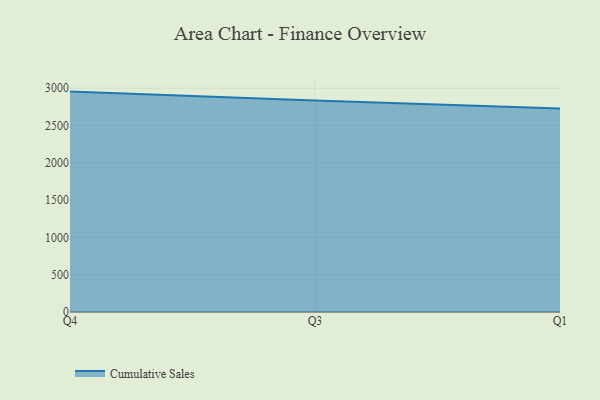
{"axis": {"x": "Quarter", "y": "Backlog"}, "legend": ["Cumulative Sales"], "data": [{"x": "Q4", "y": 2954.6, "type": "Cumulative Sales"}, {"x": "Q3", "y": 2834.1, "type": "Cumulative Sales"}, {"x": "Q1", "y": 2726.9, "type": "Cumulative Sales"}]}